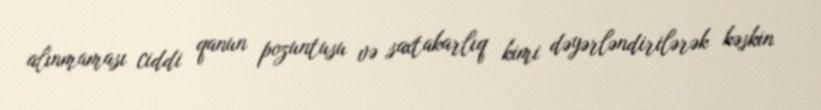
alınmaması ciddi qanun pozuntusu və saxtakarlıq kimi dəyərləndirilərək kəskin